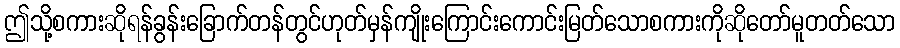
ဤသို့စကားဆိုရန်ခွန်းခြောက်တန်တွင်ဟုတ်မှန်ကျိုးကြောင်းကောင်းမြတ်သောစကားကိုဆိုတော်မူတတ်သော